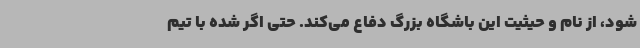
شود، از نام و حیثیت این باشگاه بزرگ دفاع می‌کند. حتی اگر شده با تیم